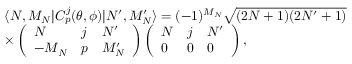
\begin{array} { r l } & { \langle N , M _ { N } | C _ { p } ^ { j } ( \theta , \phi ) | N ^ { \prime } , M _ { N } ^ { \prime } \rangle = ( - 1 ) ^ { M _ { N } } \sqrt { ( 2 N + 1 ) ( 2 N ^ { \prime } + 1 ) } } \\ & { \times \left( \begin{array} { l l l } { N } & { j } & { N ^ { \prime } } \\ { - M _ { N } } & { p } & { M _ { N } ^ { \prime } } \end{array} \right) \left( \begin{array} { l l l } { N } & { j } & { N ^ { \prime } } \\ { 0 } & { 0 } & { 0 } \end{array} \right) , } \end{array}